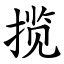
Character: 揽